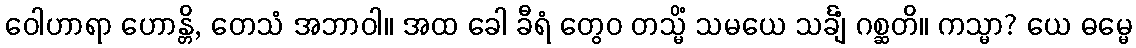
ဝေါဟာရာ ဟောန္တိ, တေသံ အဘာဝါ။ အထ ခေါ ခီရံ တွေဝ တသ္မိံ သမယေ သင်္ချံ ဂစ္ဆတိ။ ကသ္မာ? ယေ ဓမ္မေ